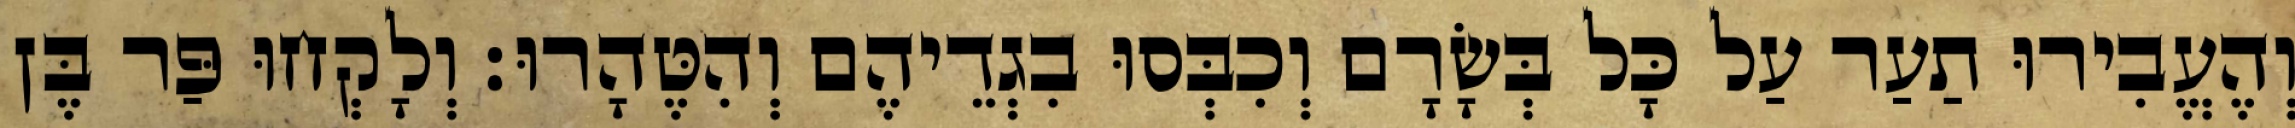
וְהֶעֱבִירוּ תַעַר עַל כָּל בְּשָׂרָם וְכִבְּסוּ בִגְדֵיהֶם וְהִטֶּהָרוּ׃ וְלָקְחוּ פַּר בֶּן